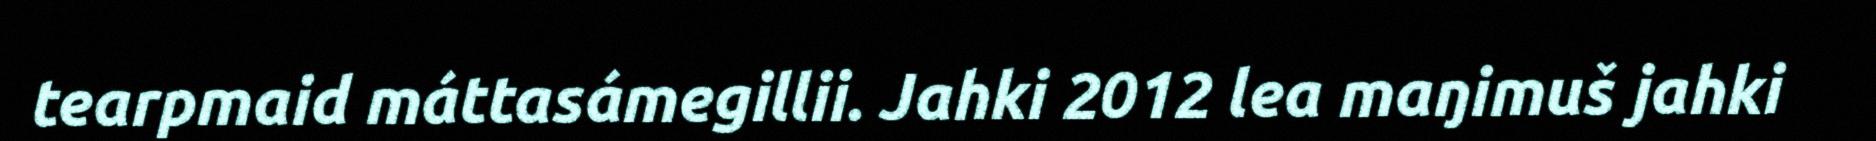
tearpmaid máttasámegillii. Jahki 2012 lea maŋimuš jahki